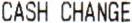
CASH CHANGE